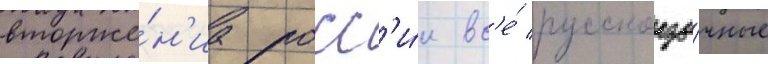
вторже́н'иа росс'и́и вс'е́ русскоазы́чные